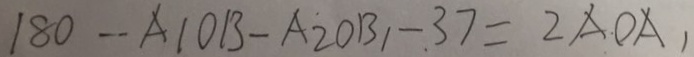
1 8 0 - A 1 O B - A 2 O B _ { 1 } - 3 7 = 2 A O A _ { 1 }